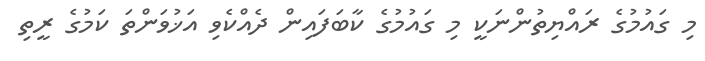
މި ގައުމުގެ ރައްޔިތުންނަކީ މި ގައުމުގެ ކާބަފައިން ދެއްކެވި އަޚުވަންތަ ކަމުގެ ރީތި